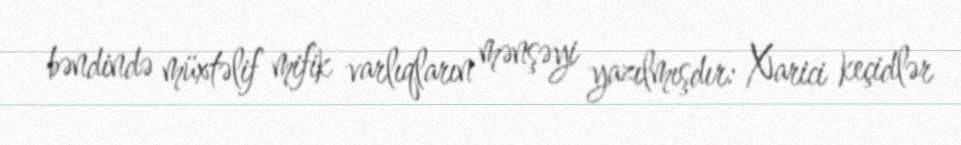
bəndində müxtəlif mifik varlıqların mənşəyi yazılmışdır: Xarici keçidlər